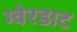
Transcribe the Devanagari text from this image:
ग्वेरडाट